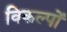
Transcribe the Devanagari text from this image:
विकल्‍पों